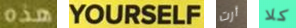
هذه YOURSELF أرت كلا